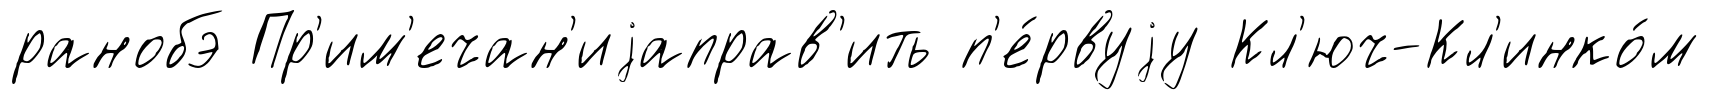
ранобэ Пр'им'ечан'иjаправ'ить п'е́рвуjу Кл'юч-Кл'инко́м